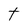
Character: t